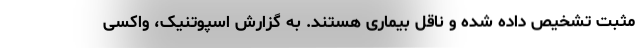
مثبت تشخیص داده شده و ناقل بیماری هستند. به گزارش اسپوتنیک، واکسی